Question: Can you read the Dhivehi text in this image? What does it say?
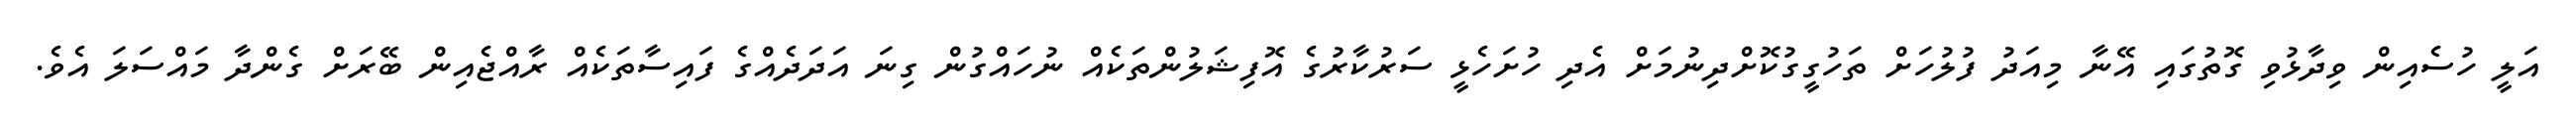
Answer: އަލީ ހުސެއިން ވިދާޅުވި ގޮތުގައި އޭނާ މިއަދު ފުލުހަށް ތަހުގީގުކޮށްދިނުމަށް އެދި ހުށަހެޅީ ސަރުކާރުގެ އޮފިޝަލުންތަކެއް ނުހައްގުން ގިނަ އަދަދެއްގެ ފައިސާތަކެއް ރާއްޖެއިން ބޭރަށް ގެންދާ މައްސަލަ އެވެ.